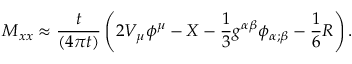
M _ { x x } \approx { \frac { t } { \left( 4 \pi t \right) } } \left( 2 V _ { \mu } \phi ^ { \mu } - X - { \frac { 1 } { 3 } } g ^ { \alpha \beta } \phi _ { \alpha ; \beta } - { \frac { 1 } { 6 } } R \right) .